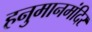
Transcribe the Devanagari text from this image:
हनुमानमंदिर